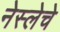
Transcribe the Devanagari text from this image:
नेस्लेचे